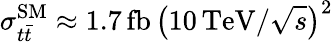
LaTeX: \sigma_{t\bar{t}}^{\mathrm{SM}}\approx 1.7\, \mathrm{fb}\, \big({10\, \mathrm{TeV}}/{\sqrt{s}}\big)^{2}